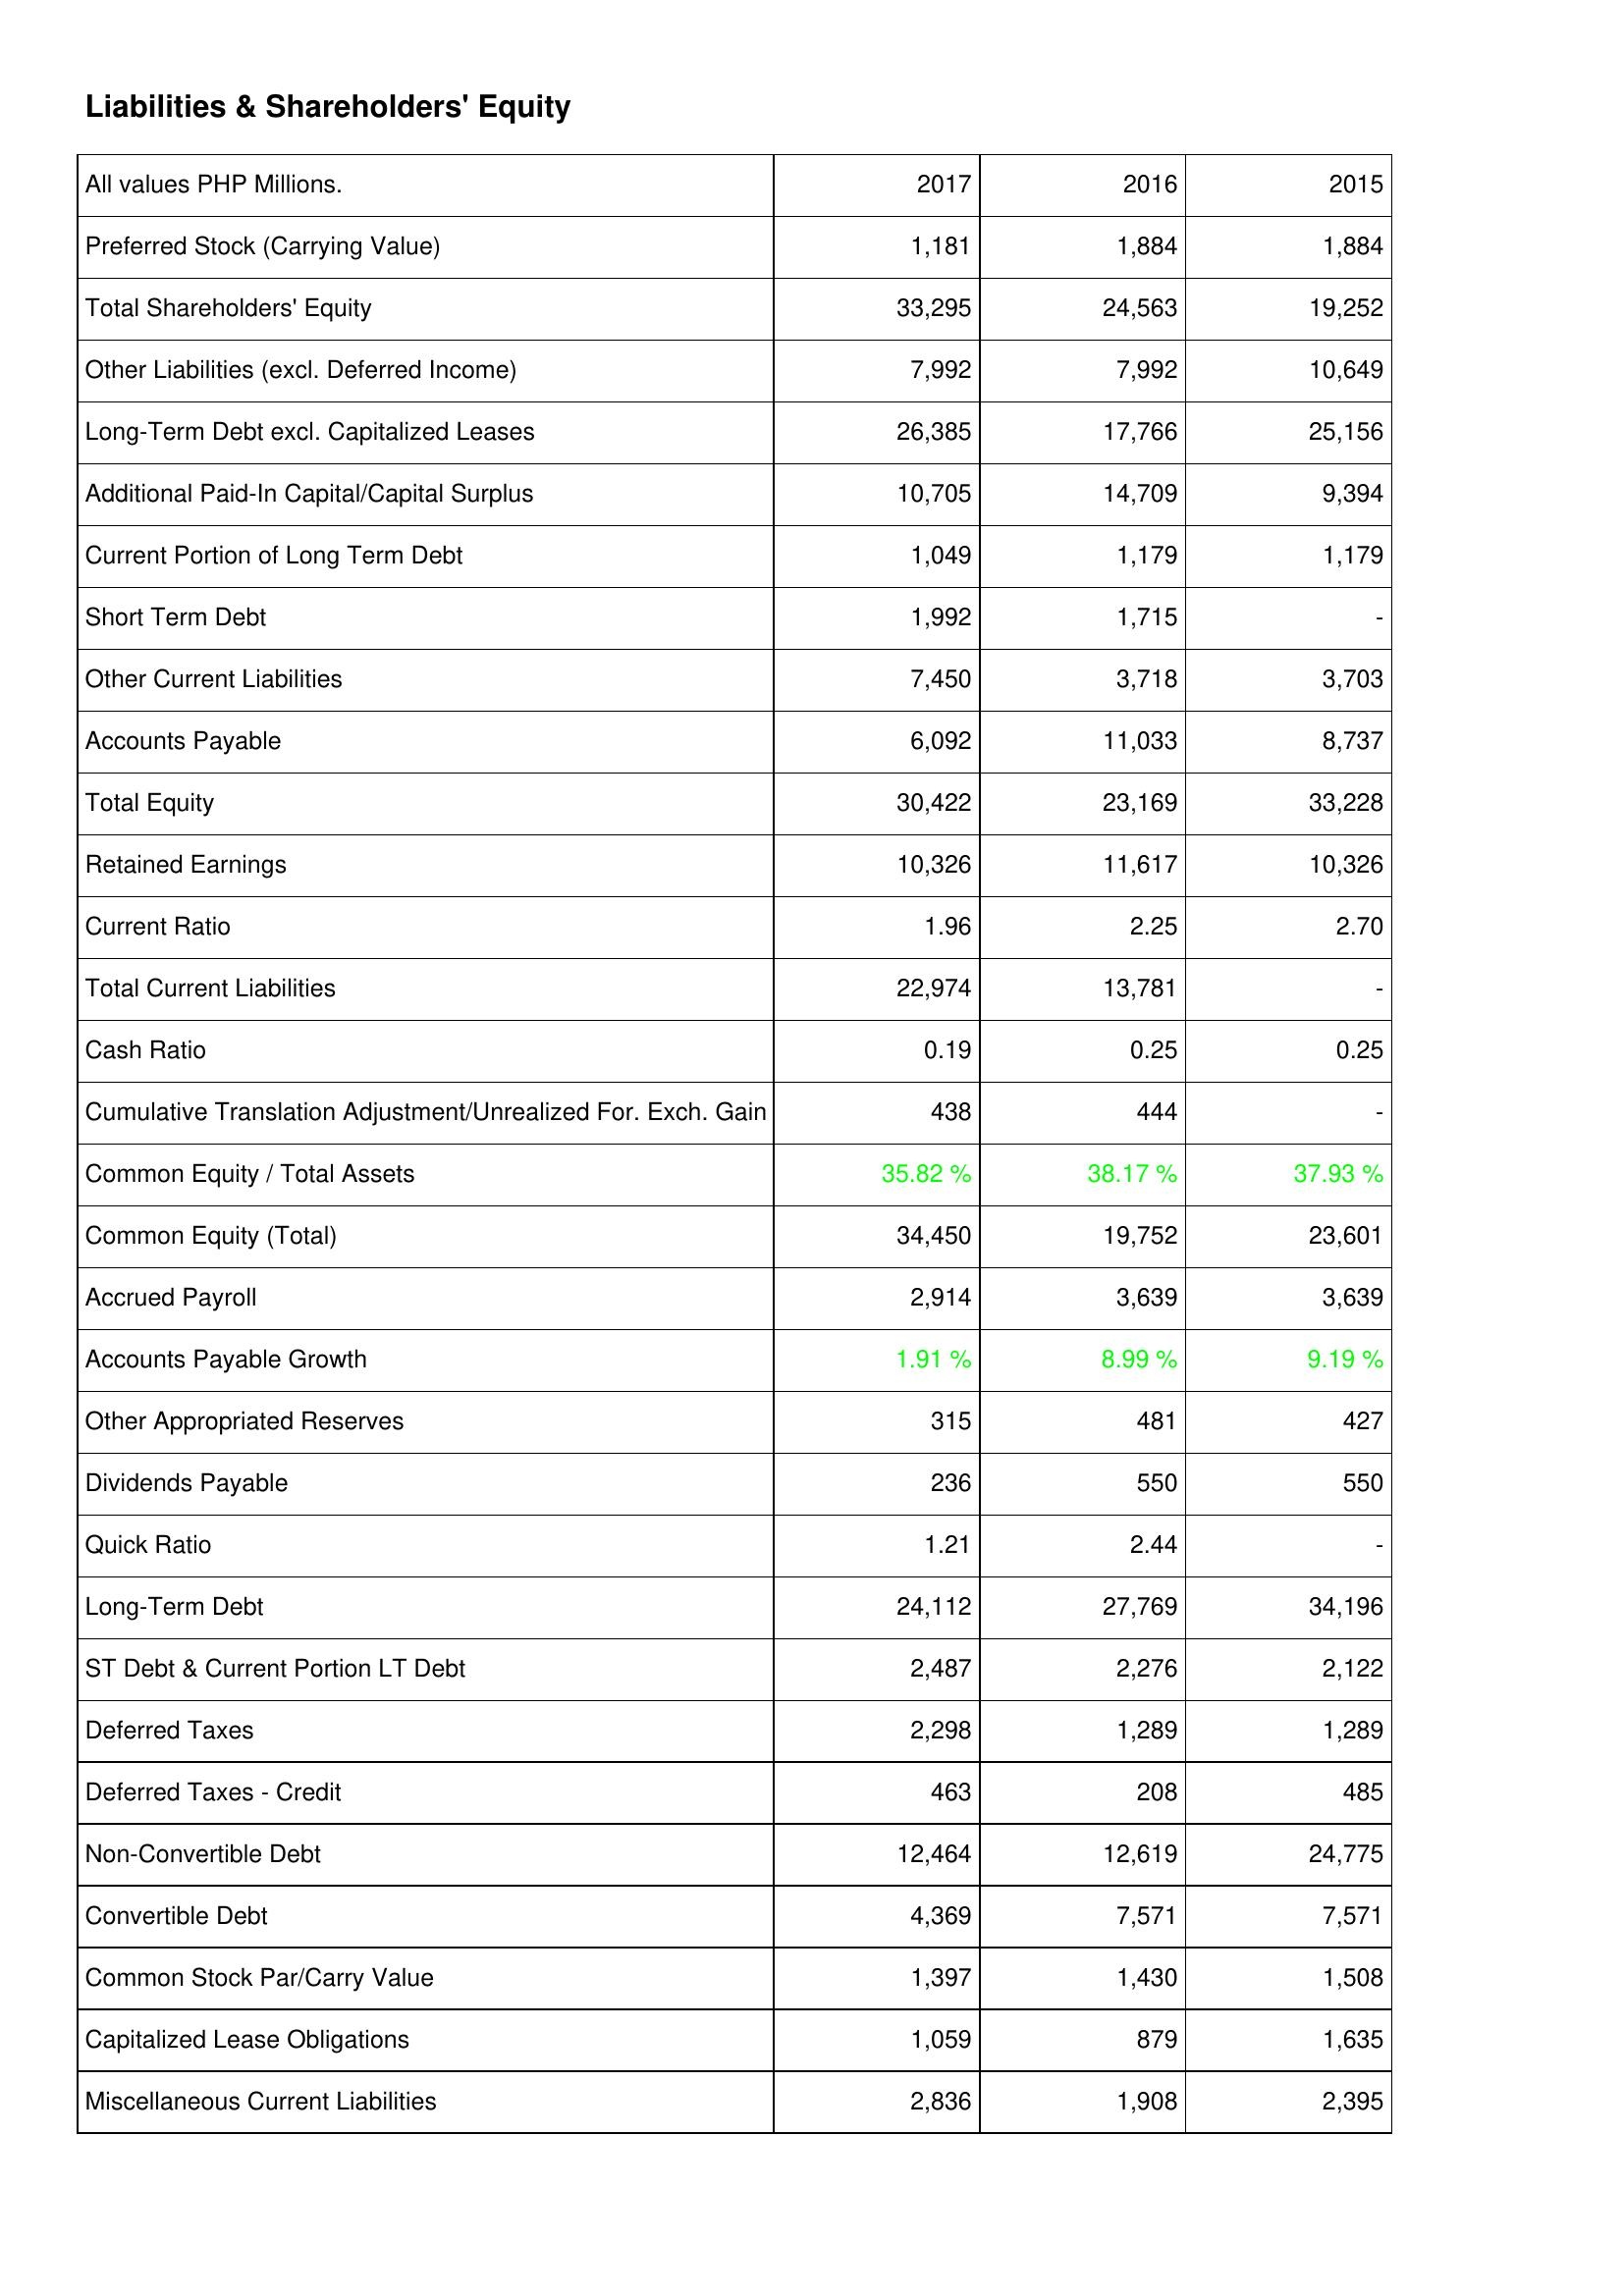
2017: Liabilities & Shareholders' Equity: Preferred Stock (Carrying Value): 1,181
Total Shareholders' Equity: 33,295
Other Liabilities (excl. Deferred Income): 7,992
Long-Term Debt excl. Capitalized Leases: 26,385
Additional Paid-In Capital/Capital Surplus: 10,705
Current Portion of Long Term Debt: 1,049
Short Term Debt: 1,992
Other Current Liabilities: 7,450
Accounts Payable: 6,092
Total Equity: 30,422
Retained Earnings: 10,326
Current Ratio: 1.96
Total Current Liabilities: 22,974
Cash Ratio: 0.19
Cumulative Translation Adjustment/Unrealized For. Exch. Gain: 438
Common Equity / Total Assets: 35.82 %
Common Equity (Total): 34,450
Accrued Payroll: 2,914
Accounts Payable Growth: 1.91 %
Other Appropriated Reserves: 315
Dividends Payable: 236
Quick Ratio: 1.21
Long-Term Debt: 24,112
ST Debt & Current Portion LT Debt: 2,487
Deferred Taxes: 2,298
Deferred Taxes - Credit: 463
Non-Convertible Debt: 12,464
Convertible Debt: 4,369
Common Stock Par/Carry Value: 1,397
Capitalized Lease Obligations: 1,059
Miscellaneous Current Liabilities: 2,836
2016: Liabilities & Shareholders' Equity: Preferred Stock (Carrying Value): 1,884
Total Shareholders' Equity: 24,563
Other Liabilities (excl. Deferred Income): 7,992
Long-Term Debt excl. Capitalized Leases: 17,766
Additional Paid-In Capital/Capital Surplus: 14,709
Current Portion of Long Term Debt: 1,179
Short Term Debt: 1,715
Other Current Liabilities: 3,718
Accounts Payable: 11,033
Total Equity: 23,169
Retained Earnings: 11,617
Current Ratio: 2.25
Total Current Liabilities: 13,781
Cash Ratio: 0.25
Cumulative Translation Adjustment/Unrealized For. Exch. Gain: 444
Common Equity / Total Assets: 38.17 %
Common Equity (Total): 19,752
Accrued Payroll: 3,639
Accounts Payable Growth: 8.99 %
Other Appropriated Reserves: 481
Dividends Payable: 550
Quick Ratio: 2.44
Long-Term Debt: 27,769
ST Debt & Current Portion LT Debt: 2,276
Deferred Taxes: 1,289
Deferred Taxes - Credit: 208
Non-Convertible Debt: 12,619
Convertible Debt: 7,571
Common Stock Par/Carry Value: 1,430
Capitalized Lease Obligations: 879
Miscellaneous Current Liabilities: 1,908
2015: Liabilities & Shareholders' Equity: Preferred Stock (Carrying Value): 1,884
Total Shareholders' Equity: 19,252
Other Liabilities (excl. Deferred Income): 10,649
Long-Term Debt excl. Capitalized Leases: 25,156
Additional Paid-In Capital/Capital Surplus: 9,394
Current Portion of Long Term Debt: 1,179
Short Term Debt: -
Other Current Liabilities: 3,703
Accounts Payable: 8,737
Total Equity: 33,228
Retained Earnings: 10,326
Current Ratio: 2.70
Total Current Liabilities: -
Cash Ratio: 0.25
Cumulative Translation Adjustment/Unrealized For. Exch. Gain: -
Common Equity / Total Assets: 37.93 %
Common Equity (Total): 23,601
Accrued Payroll: 3,639
Accounts Payable Growth: 9.19 %
Other Appropriated Reserves: 427
Dividends Payable: 550
Quick Ratio: -
Long-Term Debt: 34,196
ST Debt & Current Portion LT Debt: 2,122
Deferred Taxes: 1,289
Deferred Taxes - Credit: 485
Non-Convertible Debt: 24,775
Convertible Debt: 7,571
Common Stock Par/Carry Value: 1,508
Capitalized Lease Obligations: 1,635
Miscellaneous Current Liabilities: 2,395